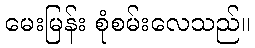
မေးမြန်း စုံစမ်းလေသည်။